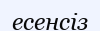
есенсіз